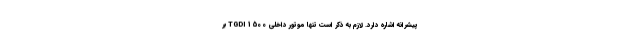
پیشرانه اشاره دارد. لازم به ذکر است تنها موتور داخلی 1500 TGDI بر